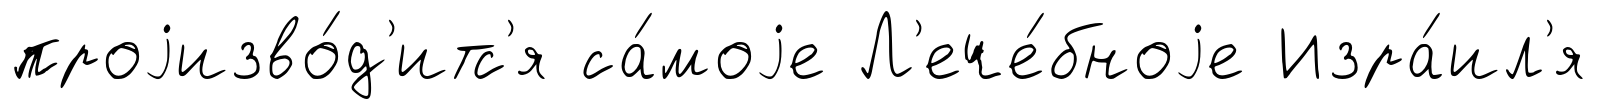
проjизво́д'итс'я са́моjе Л'ече́бноjе Изра́ил'я